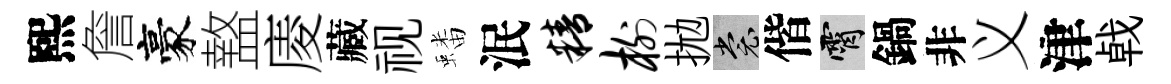
熙詹豪盩庱藏视蟠泯精榭拋裳偕霄鍋非义津㦸